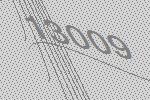
13009